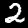
Label: 2